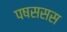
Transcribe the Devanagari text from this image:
पषससस